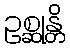
ဥစ္ဆုန္တိ